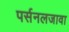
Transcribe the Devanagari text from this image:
पर्सनलजावा